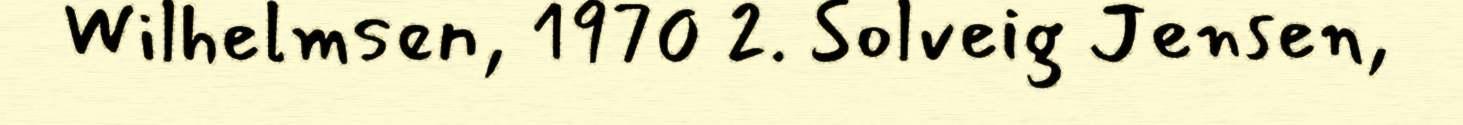
Wilhelmsen, 1970 2. Solveig Jensen,